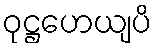
ဝုဋ္ဌဟေယျပိ